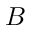
B